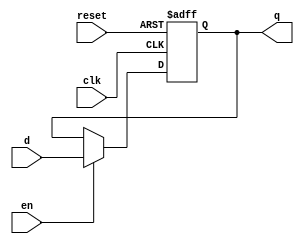
//en r   stall  FETCH
module flopenr #(
	parameter WIDTH = 8
)(
	input					clk,
	input					reset,
	input					en,
	input		[WIDTH-1:0] d, 
	output reg	[WIDTH-1:0] q
);
 
	always @(posedge clk, posedge reset) begin
    	if (reset)
			q <= #1 0;
    	else if (en)
			q <= #1 d;
	end

endmodule